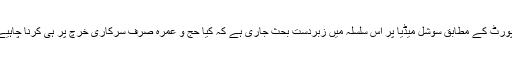
رپورٹ کے مطابق سوشل میڈیا پر اس سلسلہ میں زبردست بحث جاری ہے کہ کیا حج و عمرہ صرف سرکاری خرچ پر ہی کرنا چاہیے؟